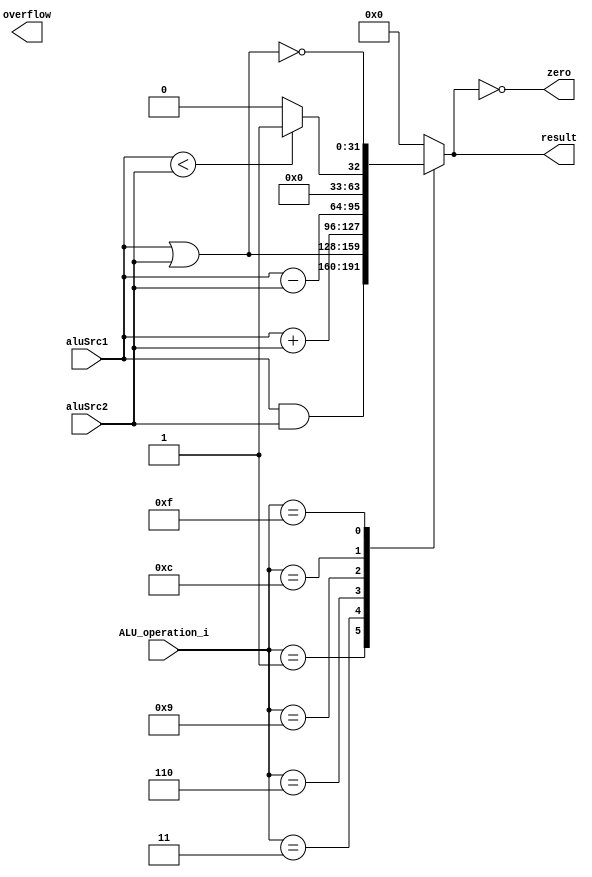
module ALU (
    aluSrc1,
    aluSrc2,
    ALU_operation_i,
    result,
    zero,
    overflow
);

  //I/O ports
  input [32-1:0] aluSrc1;
  input [32-1:0] aluSrc2;
  input [4-1:0] ALU_operation_i;

  output reg [32-1:0] result;
  output wire zero;
  output wire overflow;

  //Main function
  /*your code here*/
  assign zero = (result==0);
  always @(ALU_operation_i, aluSrc1, aluSrc2) begin
    case (ALU_operation_i)
      4'b0001: result <= aluSrc1 & aluSrc2;
      4'b0011: result <= aluSrc1 | aluSrc2;
      4'b0110: result <= $signed(aluSrc1) + $signed(aluSrc2);
      4'b1001: result <= $signed(aluSrc1) - $signed(aluSrc2);
      4'b1100: result <= $signed(aluSrc1) < $signed(aluSrc2) ? 32'h00000001 : 32'h00000000;
      4'b1111: result <= ~(aluSrc1 | aluSrc2);
      default: result <= 32'h00000000;
    endcase
  end

endmodule